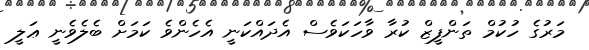
މަރުގެ ހުކުމް ތަންފީޒް ކުރާ ވާހަކަވެސް އެދައްކަނީ އެހެންވެ ކަމަށް ބެލެވެނީ ޢަލީ